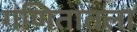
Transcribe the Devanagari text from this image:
गणितातला